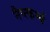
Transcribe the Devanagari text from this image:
नैष्त्कर्म्य